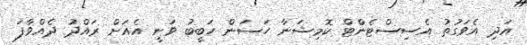
އަދި އެވަގުތު އެސިސްޓެންްޓް ކޮމިޝަނާ ހަސަން ހަބީބު ވަނީ އެއަށް ރައްދު ދެއްވާފަ